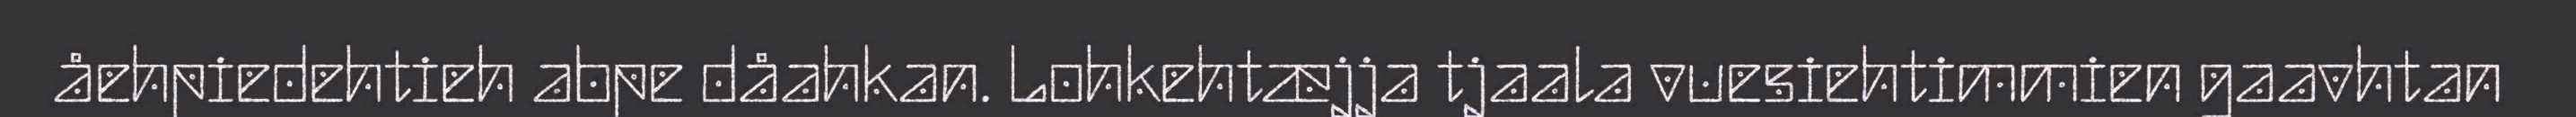
åehpiedehtieh abpe dåahkan. Lohkehtæjja tjaala vuesiehtimmien gaavhtan